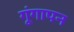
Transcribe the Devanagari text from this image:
गूंगापन